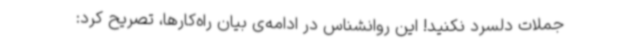
جملات دلسرد نکنید! این روانشناس در ادامه‌ی بیان راه‌کارها، تصریح کرد: